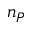
n _ { P }